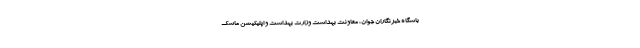
باشگاه خبرنگاران جوان، معاونت بهداشت وزارت بهداشت و اپلیکیشن ماسک